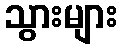
သွားများ